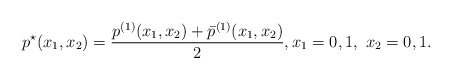
\begin{align*}p^\star(x_1,x_2)=\frac{p^{(1)}(x_1,x_2)+\bar{p}^{(1)}(x_1,x_2)}{2}, x_1=0,1,\ x_2=0,1.\\\end{align*}